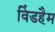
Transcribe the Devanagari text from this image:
विंडहैम